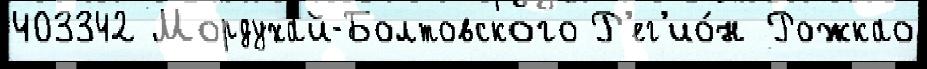
403342 Мордухай-Болтовского Р'ег'ио́н Рожкао